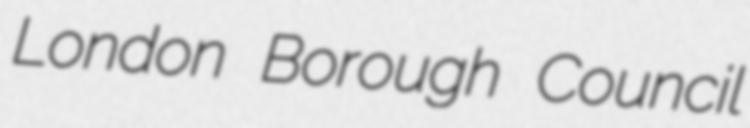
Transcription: London Borough Council